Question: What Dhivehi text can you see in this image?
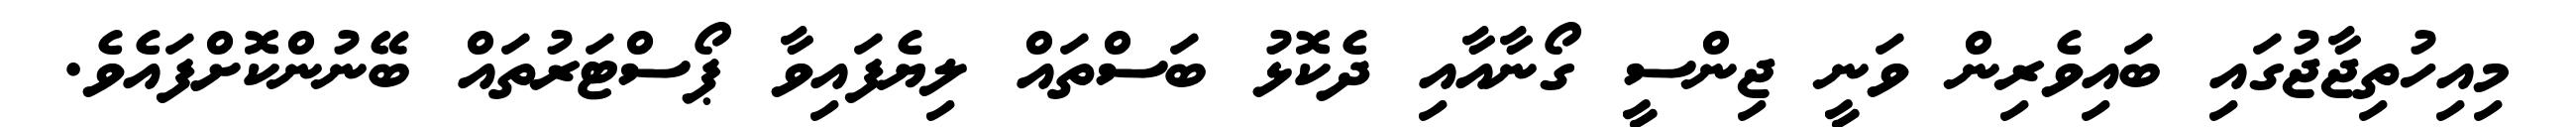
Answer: މިއިހުތިޖާޖުގައި ބައިވެރިން ވަނީ ޖިންސީ ގޯނާއާއި ދެކޮޅު ބަސްތައް ލިޔެފައިވާ ޕޯސްޓަރުތައް ބޭނުންކޮށްފައެވެ.